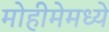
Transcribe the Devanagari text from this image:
मोहीमेमध्ये